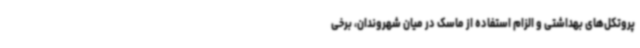
پروتکل‌های بهداشتی و الزام استفاده از ماسک در میان شهروندان، برخی